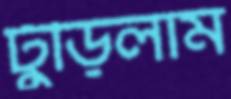
ঢুঁড়িলাম